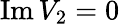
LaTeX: \operatorname{Im}V_{2}=0